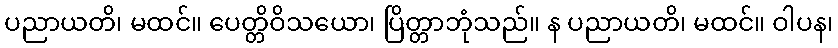
ပညာယတိ၊ မထင်။ ပေတ္တိဝိသယော၊ ပြိတ္တာဘုံသည်။ န ပညာယတိ၊ မထင်။ ဝါပန၊